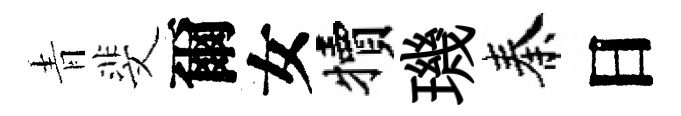
青斐爾女犢璣秦日